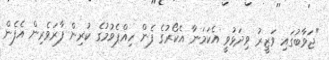
"ޖަވާބުގައި ވަޒީރު ވިދަޅުވީ އެކަމަނާ އެކޯރުގެ ފެން ހިއްޕެވުމުގެ ކުރިން ފާރަވެރިން އެފެން